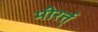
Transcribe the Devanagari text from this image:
मीरर्त्त्